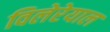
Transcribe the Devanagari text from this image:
विलेरेयाल